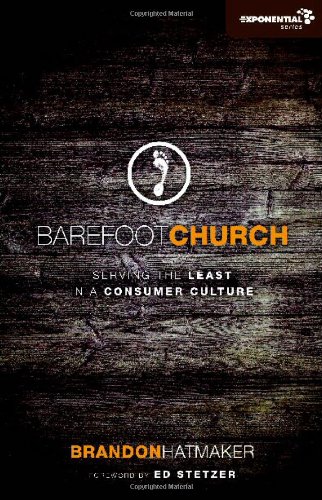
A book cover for Barefoot Church: Serving the Least in a Consumer Culture (Exponential Series); Brandon Hatmaker; Christian Books & Bibles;